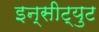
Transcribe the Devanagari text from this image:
इन्सीट्युट